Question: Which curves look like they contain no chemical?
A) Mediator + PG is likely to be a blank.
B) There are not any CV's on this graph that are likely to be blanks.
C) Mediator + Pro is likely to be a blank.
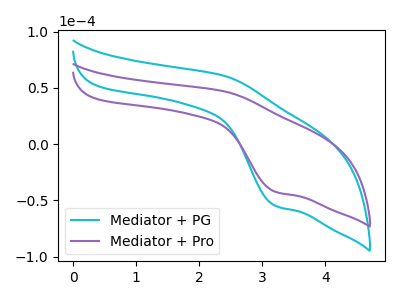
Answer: <think>The cyan curve "Mediator + PG" has an anodic peak at (2.40V, 60.55uA) and a cathodic peak at (3.20V, -54.55uA). The purple curve "Mediator + Pro" has an anodic peak at (2.40V, 46.80uA) and a cathodic peak at (3.20V, -42.15uA).</think>
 <answer>B) There are not any CV's on this graph that are likely to be blanks.</answer>
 <eval>B</eval>